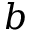
b